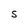
Character: S